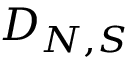
D _ { N , S }